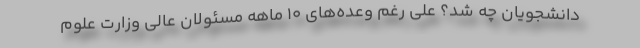
دانشجویان چه شد؟ علی رغم وعده‌های ۱۰ ماهه مسئولان عالی وزارت علوم